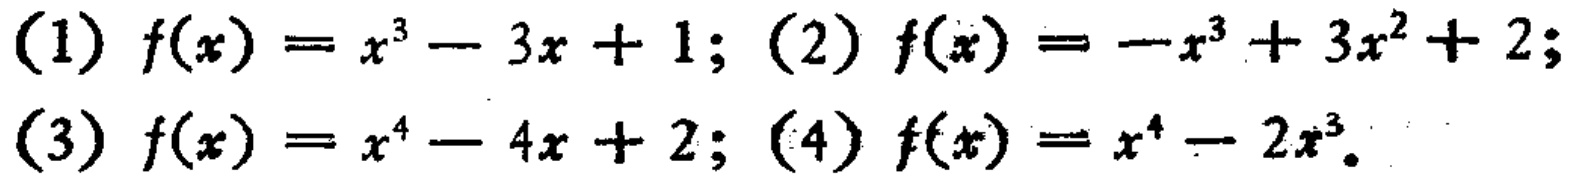
(1) \(f(x)=x^{3}-3x + 1\); (2) \(f(x)=-x^{3}+3x^{2}+2\);
(3) \(f(x)=x^{4}-4x + 2\); (4) \(f(x)=x^{4}-2x^{3}\)。